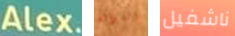
Alex. السلالة ناشفيل